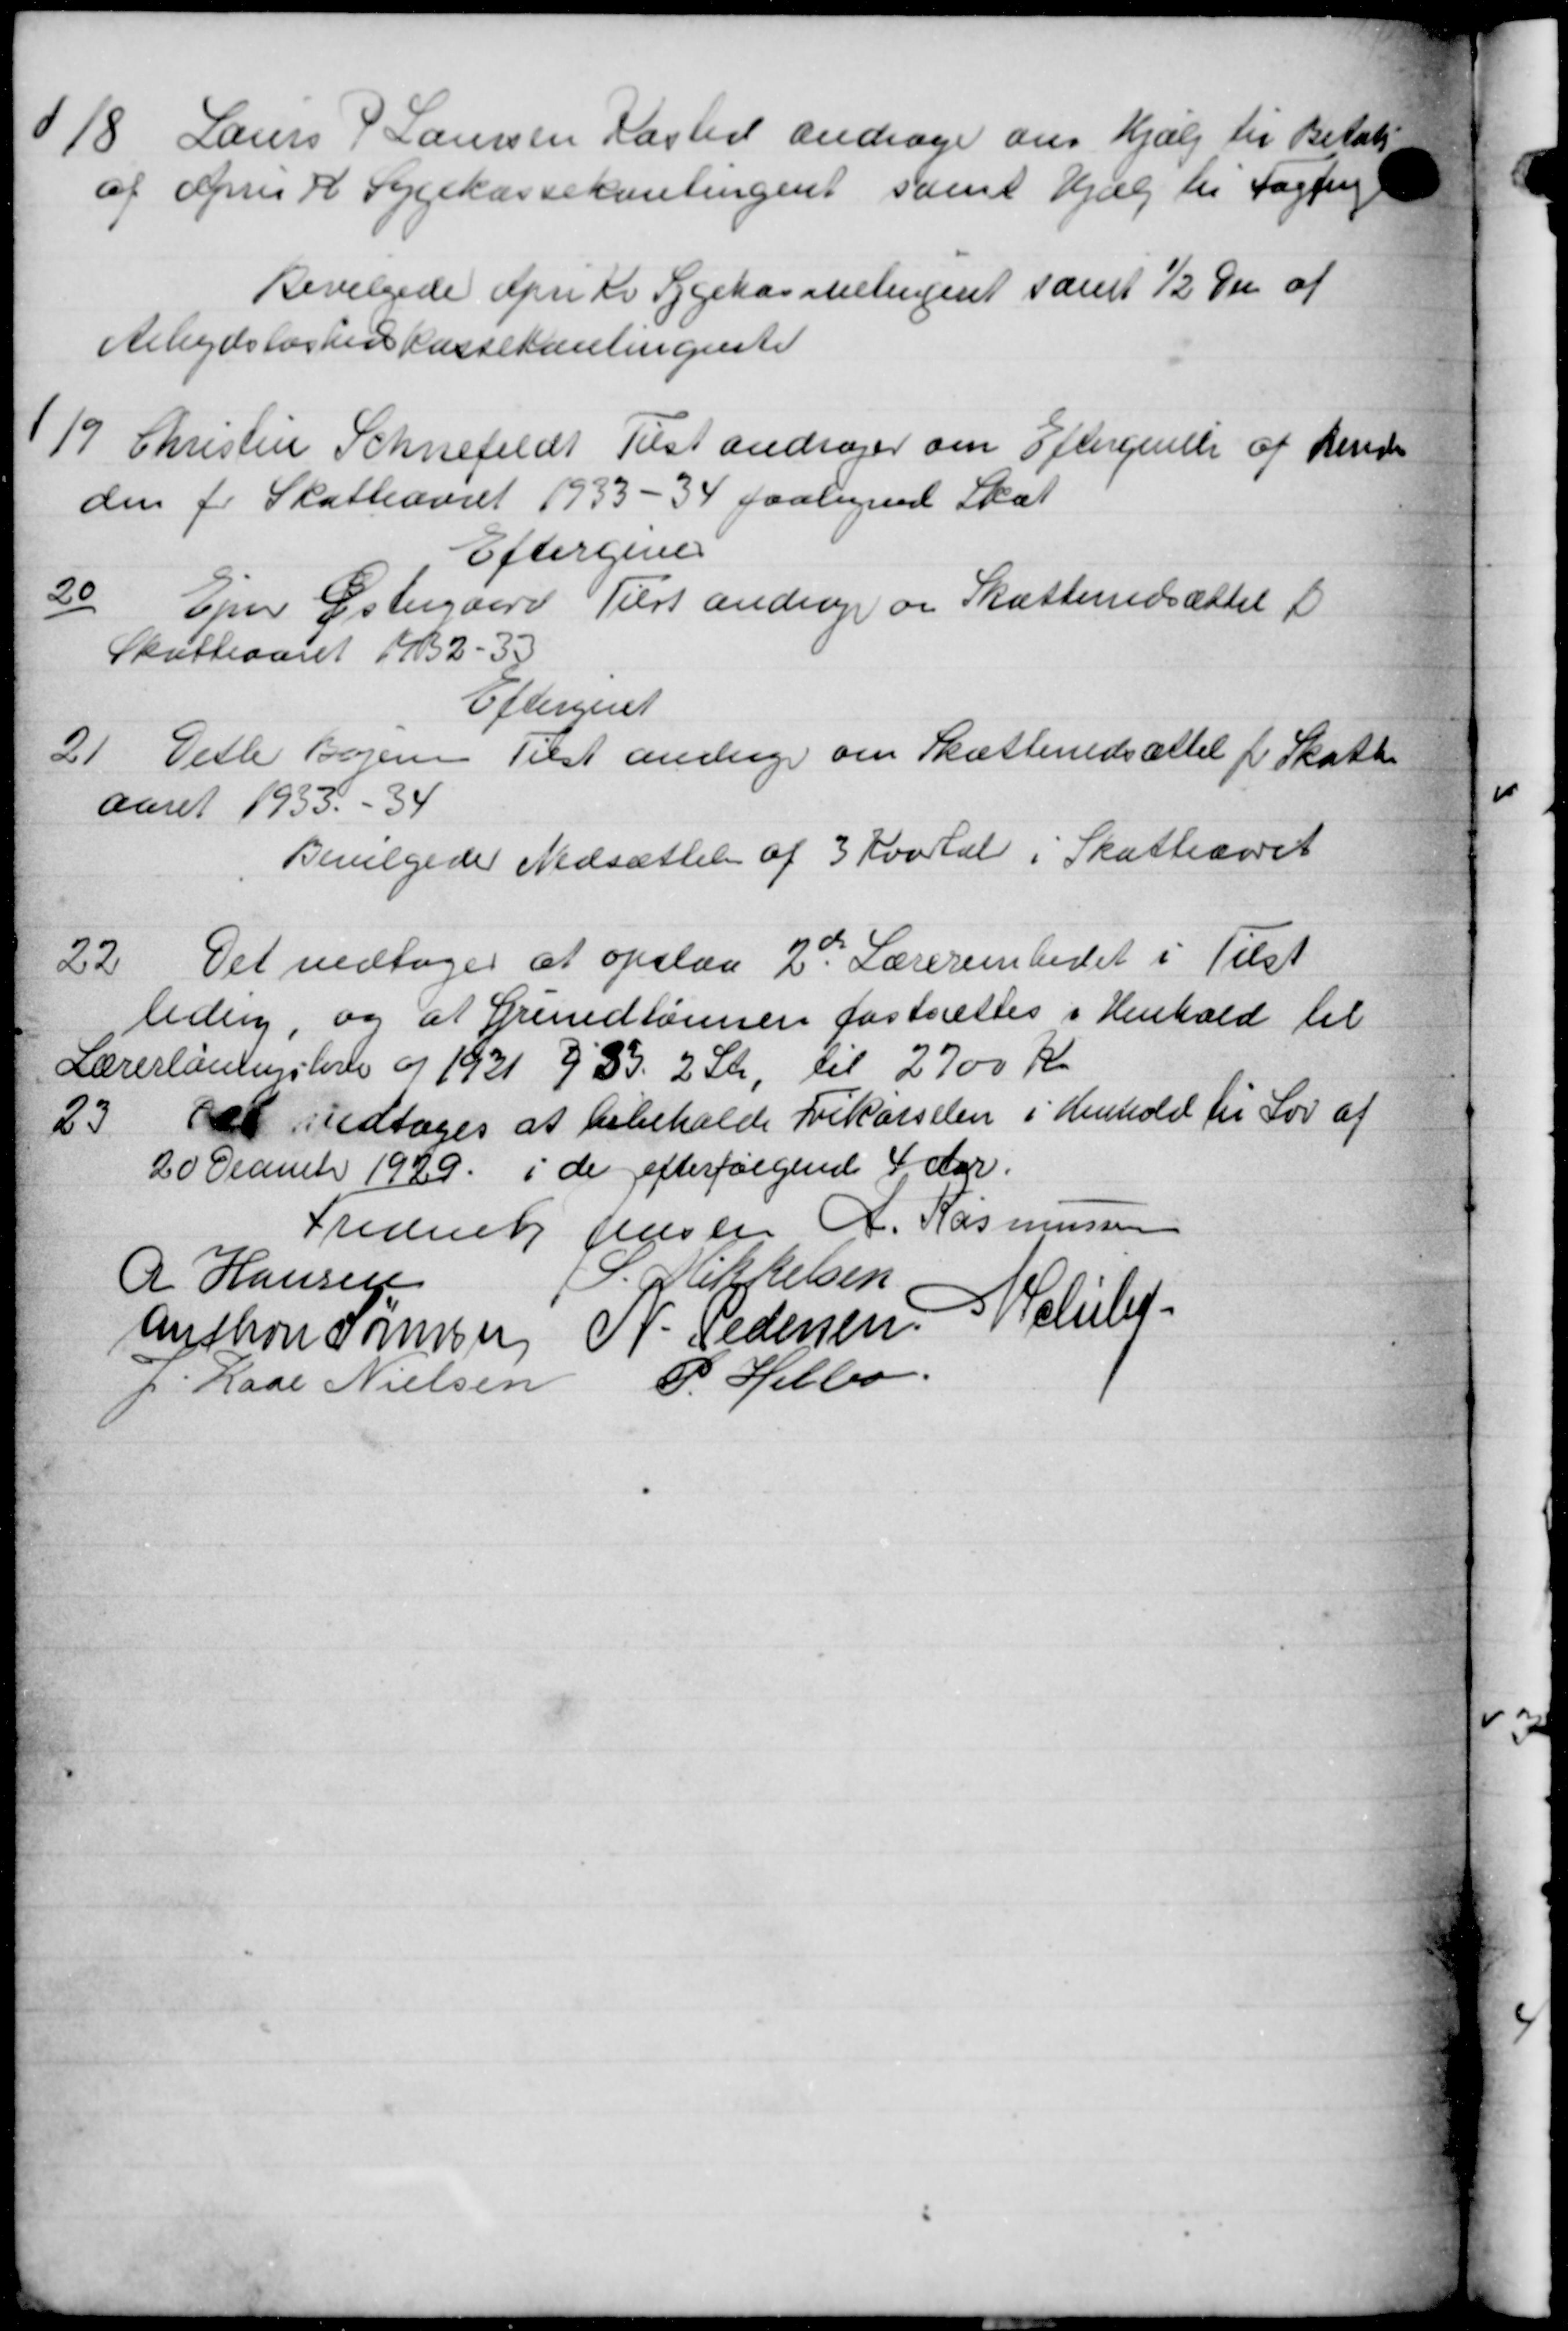
Transskription:
18
Laurs P Laursen Kasted andrager om Hjælp til Betalt
af April Kl Sygekassekontingent samt Hjælp til Fagpeng
Bevilgede April Kv Sygekasselingent samt ½ Øre af
Arbejdsløshedskassekontingente
19
Christen Schnefeldt Tilst andrager om Eftergivelse af Rende
den for Skatteaaret 1933 - 34 paalignede Skat
Eftergive
20
Ejn Østergaard Tilst andrager og Skattenedsætteli
Skatteaaret 1932 - 33
Eftergivet
21.
Detle Bogen Tilst andrag om Skattenedsættel f. Skatte
aaret 1933 - 34
Bevilgede Nedsættelse af 3 Kvartal i Skatteaaret
22
Det vedtoges at opslaa 2de Lærerembedet i Tilst
ledig, og at Grundlønnen fastsættes i Henhold til
Lærerlønningslove og 1921 § 33. 2 Sk., til 2700 Kr.
23
Det vedtoges at bibeholde bekørselen i Henhold til Lov af
20 December 1929 i de efterfølgende 4 Aar.
Frederik Jensen A. Rasmussen
R Hansen
Riffelsen
Anthon Samsen N. Pedersen Schuled
p. Kase Nielsen P. Helbo